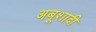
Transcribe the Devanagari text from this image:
अबूशादी